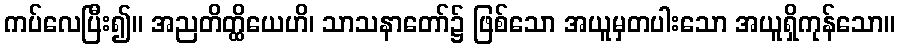
ကပ်လေပြီး၍။ အညတိတ္ထိယေဟိ၊ သာသနာတော်၌ ဖြစ်သော အယူမှတပါးသော အယူရှိကုန်သော။